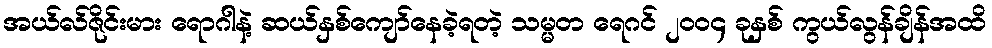
အယ်လ်ဇိုင်းမား ရောဂါနဲ့ ဆယ်နှစ်ကျော်နေခဲ့ရတဲ့ သမ္မတ ရေဂင် ၂၀၀၄ ခုနှစ် ကွယ်လွန်ချိန်အထိ